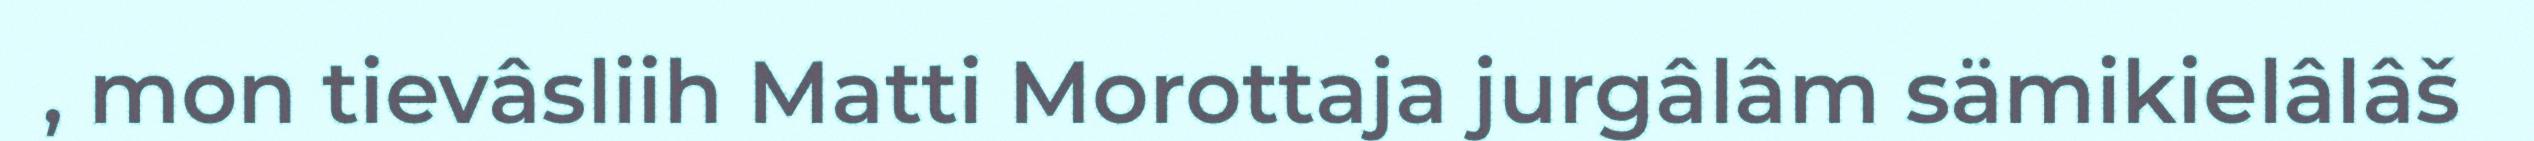
, mon tievâsliih Matti Morottaja jurgâlâm sämikielâlâš